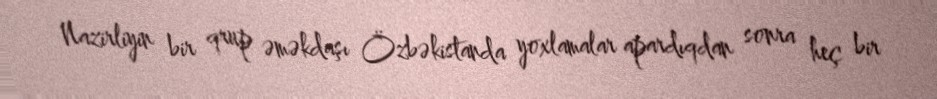
Nazirliyin bir qrup əməkdaşı Özbəkistanda yoxlamalar apardıqdan sonra heç bir